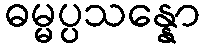
ဓမ္မပ္ပသန္နော